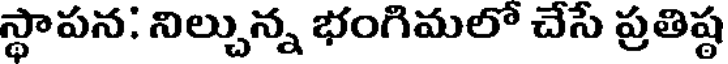
స్థాపన: నిల్చున్న భంగిమలో చేసే ప్రతిష్ఠ